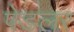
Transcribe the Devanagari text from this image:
पेडलर